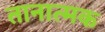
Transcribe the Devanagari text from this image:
तानात्मक